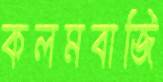
কলমবাজি